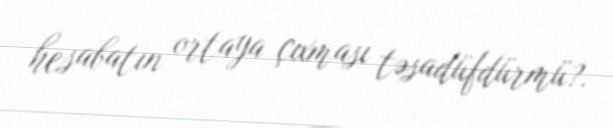
hesabatın ortaya çıxması təsadüfdürmü?.